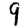
Digit: 9